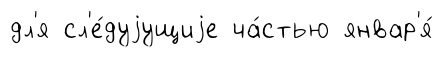
дл'я сл'е́дуjущиjе ча́стью январ'я́